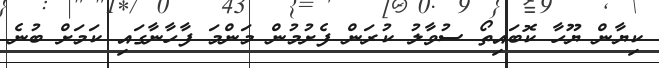
ކިޔާން ޔޫހާ ކޮބައިތޯ ސުވާލު ކުރަން ފެށުމުން މަންމަ ފާހާނާގައި ކަމަށް ބުނެ